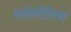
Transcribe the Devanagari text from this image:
स्लोवोनिक